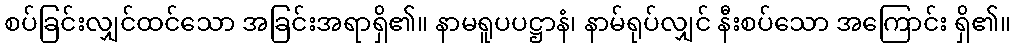
စပ်ခြင်းလျှင်ထင်သော အခြင်းအရာရှိ၏။ နာမရူပပဋ္ဌာနံ၊ နာမ်ရုပ်လျှင် နီးစပ်သော အကြောင်း ရှိ၏။